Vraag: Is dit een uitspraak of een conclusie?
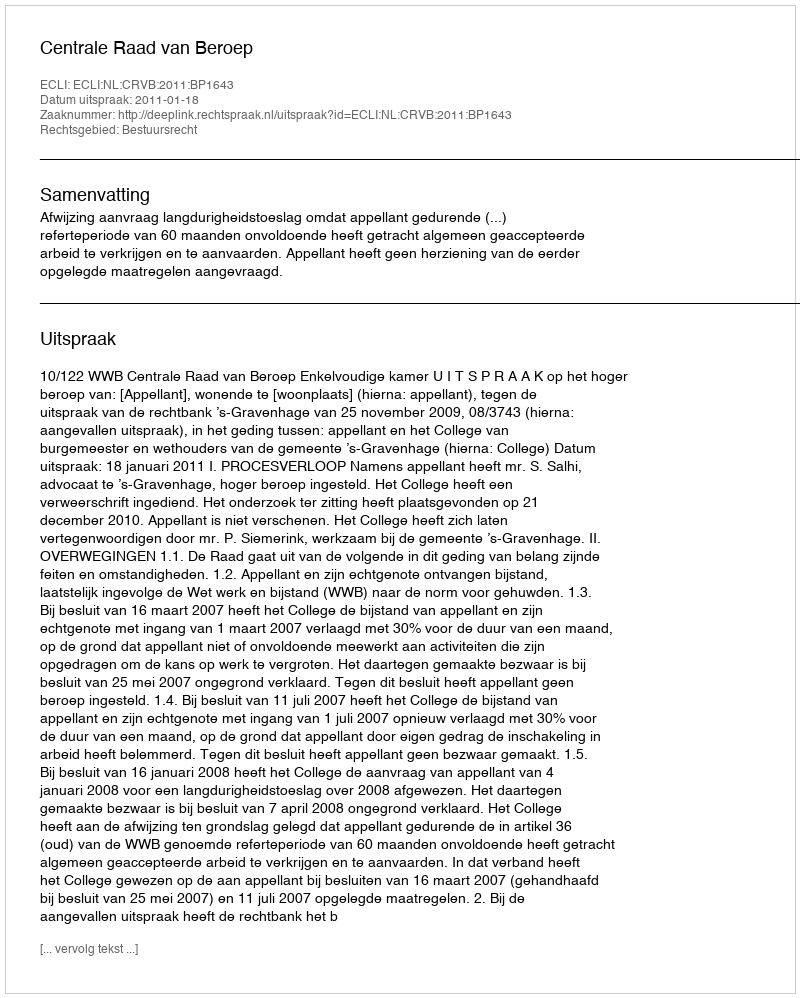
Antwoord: Uitspraak